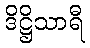
ဒိဋ္ဌိသာရီ